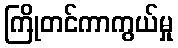
ကြိုတင်ကာကွယ်မှု